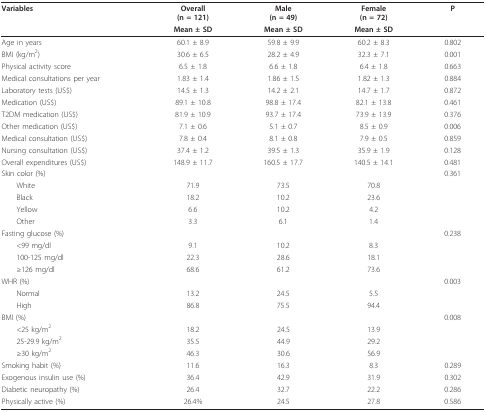
<table><thead><tr><td><b>Variables</b></td><td><b>Overall(n = 121)</b></td><td><b>Male(n = 49)</b></td><td><b>Female(n = 72)</b></td><td><b>P</b></td></tr><tr><td></td><td><b>Mean ± SD</b></td><td><b>Mean ± SD</b></td><td><b>Mean ± SD</b></td><td></td></tr></thead><tbody><tr><td>Age in years</td><td>60.1 ± 8.9</td><td>59.8 ± 9.9</td><td>60.2 ± 8.3</td><td>0.802</td></tr><tr><td>BMI (kg/m<sup>2</sup>)</td><td>30.6 ± 6.5</td><td>28.2 ± 4.9</td><td>32.3 ± 7.1</td><td>0.001</td></tr><tr><td>Physical activity score</td><td>6.5 ± 1.8</td><td>6.6 ± 1.8</td><td>6.4 ± 1.8</td><td>0.663</td></tr><tr><td>Medical consultations per year</td><td>1.83 ± 1.4</td><td>1.86 ± 1.5</td><td>1.82 ± 1.3</td><td>0.884</td></tr><tr><td>Laboratory tests (US$)</td><td>14.5 ± 1.3</td><td>14.2 ± 2.1</td><td>14.7 ± 1.7</td><td>0.872</td></tr><tr><td>Medication (US$)</td><td>89.1 ± 10.8</td><td>98.8 ± 17.4</td><td>82.1 ± 13.8</td><td>0.461</td></tr><tr><td>T2DM medication (US$)</td><td>81.9 ± 10.9</td><td>93.7 ± 17.4</td><td>73.9 ± 13.9</td><td>0.376</td></tr><tr><td>Other medication (US$)</td><td>7.1 ± 0.6</td><td>5.1 ± 0.7</td><td>8.5 ± 0.9</td><td>0.006</td></tr><tr><td>Medical consultation (US$)</td><td>7.8 ± 0.4</td><td>8.1 ± 0.8</td><td>7.9 ± 0.5</td><td>0.859</td></tr><tr><td>Nursing consultation (US$)</td><td>37.4 ± 1.2</td><td>39.5 ± 1.3</td><td>35.9 ± 1.9</td><td>0.128</td></tr><tr><td>Overall expenditures (US$)</td><td>148.9 ± 11.7</td><td>160.5 ± 17.7</td><td>140.5 ± 14.1</td><td>0.481</td></tr><tr><td>Skin color (%)</td><td></td><td></td><td></td><td>0.361</td></tr><tr><td> White</td><td>71.9</td><td>73.5</td><td>70.8</td><td></td></tr><tr><td> Black</td><td>18.2</td><td>10.2</td><td>23.6</td><td></td></tr><tr><td> Yellow</td><td>6.6</td><td>10.2</td><td>4.2</td><td></td></tr><tr><td> Other</td><td>3.3</td><td>6.1</td><td>1.4</td><td></td></tr><tr><td>Fasting glucose (%)</td><td></td><td></td><td></td><td>0.238</td></tr><tr><td> &lt;99 mg/dl</td><td>9.1</td><td>10.2</td><td>8.3</td><td></td></tr><tr><td> 100-125 mg/dl</td><td>22.3</td><td>28.6</td><td>18.1</td><td></td></tr><tr><td> ≥126 mg/dl</td><td>68.6</td><td>61.2</td><td>73.6</td><td></td></tr><tr><td>WHR (%)</td><td></td><td></td><td></td><td>0.003</td></tr><tr><td> Normal</td><td>13.2</td><td>24.5</td><td>5.5</td><td></td></tr><tr><td> High</td><td>86.8</td><td>75.5</td><td>94.4</td><td></td></tr><tr><td>BMI (%)</td><td></td><td></td><td></td><td>0.008</td></tr><tr><td> &lt;25 kg/m<sup>2</sup></td><td>18.2</td><td>24.5</td><td>13.9</td><td></td></tr><tr><td> 25-29.9 kg/m<sup>2</sup></td><td>35.5</td><td>44.9</td><td>29.2</td><td></td></tr><tr><td> ≥30 kg/m<sup>2</sup></td><td>46.3</td><td>30.6</td><td>56.9</td><td></td></tr><tr><td>Smoking habit (%)</td><td>11.6</td><td>16.3</td><td>8.3</td><td>0.289</td></tr><tr><td>Exogenous insulin use (%)</td><td>36.4</td><td>42.9</td><td>31.9</td><td>0.302</td></tr><tr><td>Diabetic neuropathy (%)</td><td>26.4</td><td>32.7</td><td>22.2</td><td>0.286</td></tr><tr><td>Physically active (%)</td><td>26.4%</td><td>24.5</td><td>27.8</td><td>0.586</td></tr></tbody></table>